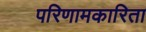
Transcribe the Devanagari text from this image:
परिणामकारिता